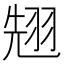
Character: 𮶌